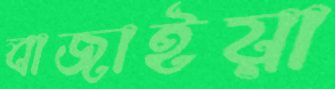
বাজাইয়া